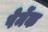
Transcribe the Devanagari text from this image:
पेर्मेक